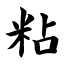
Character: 粘